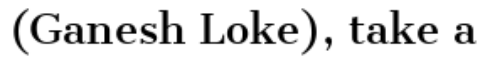
(Ganesh Loke), take a